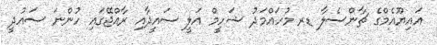
އައިޔޫއެމްގެ ޗާންސެލާ ޑރ މުހައްމަދު ޝަހީމް އަލީ ސައީދާއި ރާއްޖޭގައި ހުންނަ ސައުދީ